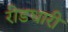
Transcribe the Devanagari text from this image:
रीडधारी